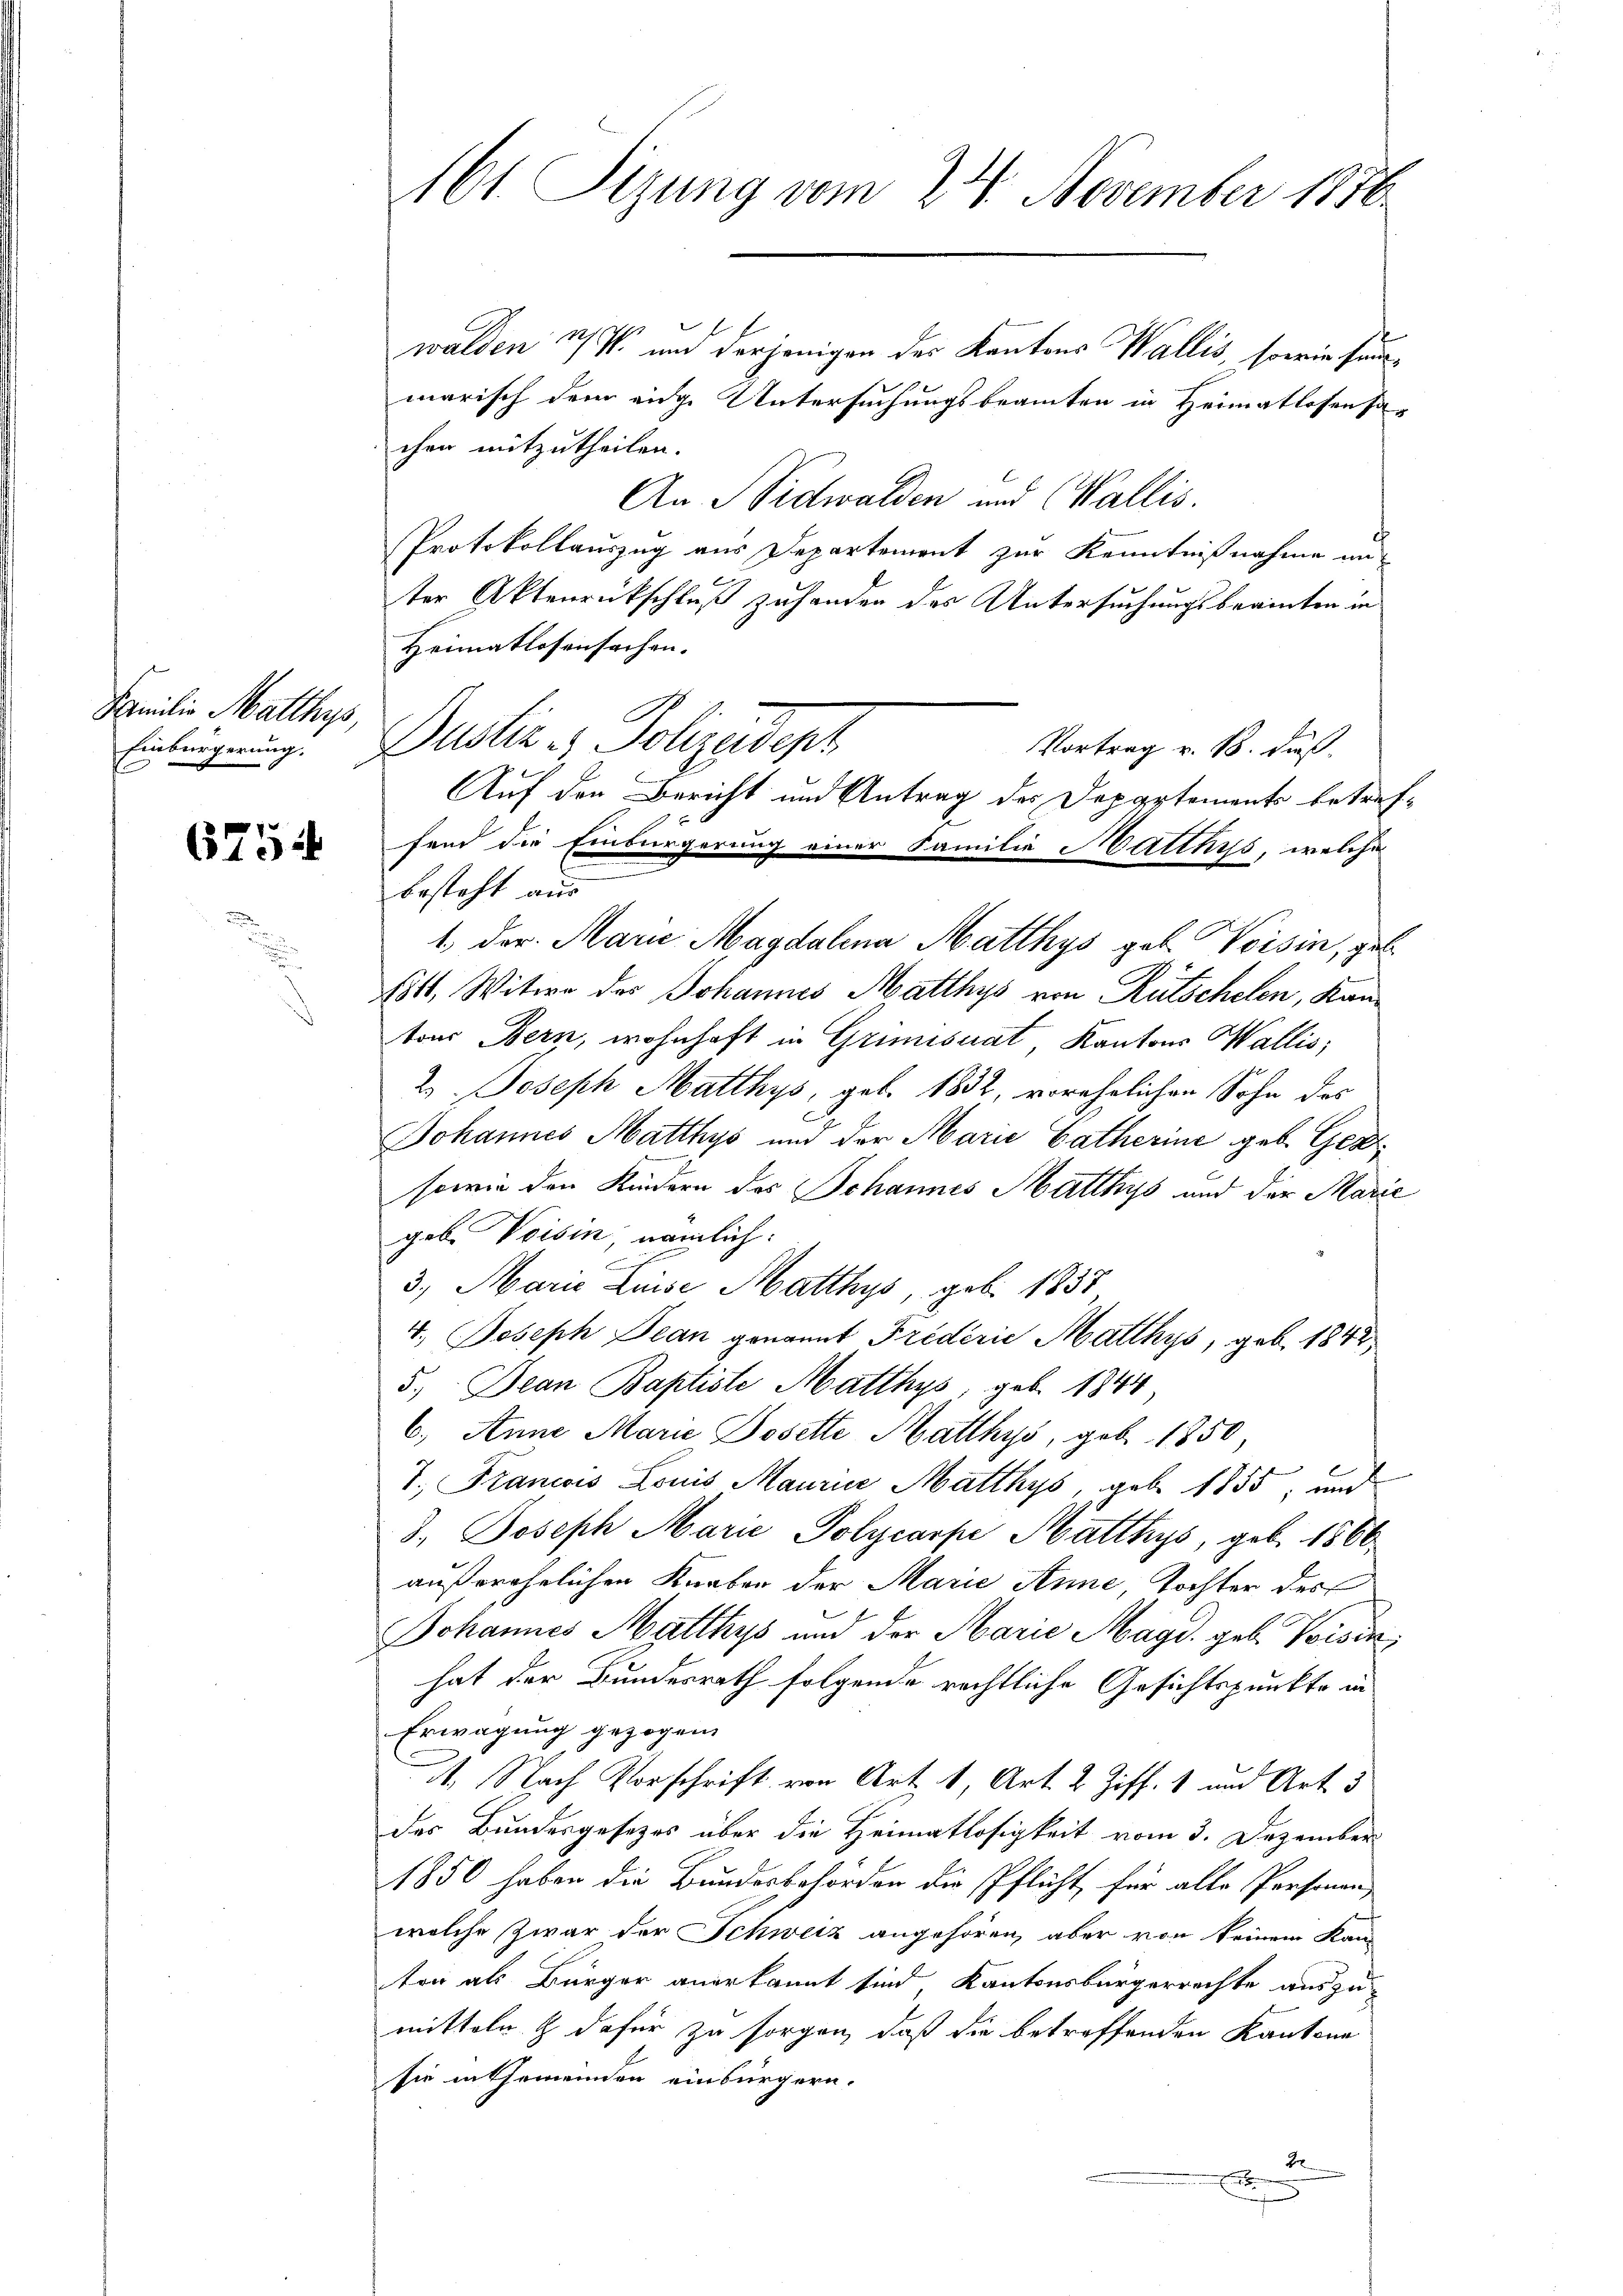
Familio Matthys
Einbürgerung.

675

161. Sizung vom 24. November 1856

walden 27 V und derjenigen des Kantons Wallis, sowie sin
marisch dem eine Untersuchungsbeamten in Heimatlosensachen mitzutheilen.
An Nidwalden und Wallis.
Protokollauszug aus Departement zur Kenntnißnahme auter Aktenrückschluß zuhanden des Untersuchungsbeamten in
Heimatlosensachen. |
Vortrag v. B. dieß
Auf den Bericht und Antrag des Departements betref-
fend die Einbürgerung einer Familie Matthyss, welche
besteht aus
1. der Marie Magdalena Matthys geb. Voisin, geb.
Eitt, Witwe des Johannes Matthys von Rutschelen, Kantons Bern, wohnhaft in Grimisuat Kantons Wallis,
2 Joseph Matthys, geb. 1832, vorehelichen Sohn des
Johannes Matthys und der Marie Catherine geb. Gez¬
sowie den Kindern des Schannes Matthys und der Marie
geb. Veisin nämlich:
3., Marie Luise Matthys, geb. 1837
4. Joseph Bean genannt Triderie Matthys, geb. 1842
5.) Dean Baptiste Matthys, geb. 1844,
6.) Anna Marie Dosette Matthys, geb. 1850,
 x
7., Francois Louis Maurice Matthys, gebe 1855, und
3. Joseph Marie Polycarpe Matthys, geb. 1866
außerehelichen Knaben der Marie Anne, Tochter des
Johannes Matthys und der Marie Magd. geb. Voisin,
hat der Bundesrath folgende rechtliche Gesichtspunkte in
Erwägung gezogen.
11. Nach Vorschrift von Art. 1, Art. 2 Ziff. 1 und Art. 3
der Bundesgesetzes über die Heimatlosigkeit vom 3. Dezember
1850 haben die Bundesbehörden die Pflicht, für alle Personen,
welche Zwar der Schweiz angehören, aber von keinem Kan-
ton als Bürger anerkannt sind, Kantonsbürgerrechte auszu-
mitteln & dafür zu sorgen, daß die betroffenden Kantone
sie in Themeinden einsürgern.
2
x
.

Justiz & Polizedept